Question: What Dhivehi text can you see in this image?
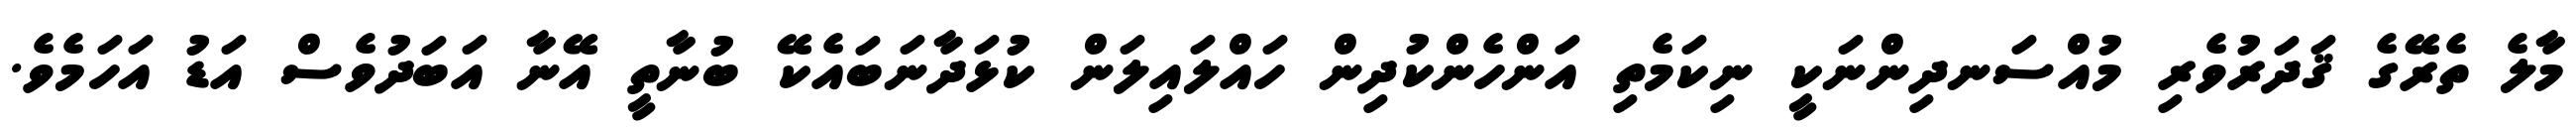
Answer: މާލެ ތެރޭގެ ޤަދަރުވެރި މުއްސަނދިންނަކީ ނިކަމެތި އަންހެންކުދިން ހައްލައިލަން ކުޅަދާނަބައެކޭ ބުނާތީ އޭނާ އަބަދުވެސް އަޑު އަހަމެވެ.